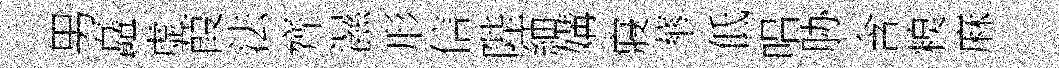
男矗虚葭法齊濕形信陛紬媾寢蕐低唱胁含糗麻